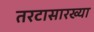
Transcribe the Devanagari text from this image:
तरटासारख्या